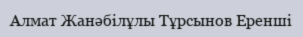
Алмат Жанәбілұлы Тұрсынов Еренші